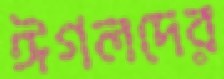
ঈগলদের